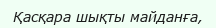
Қасқара шықты майданға,